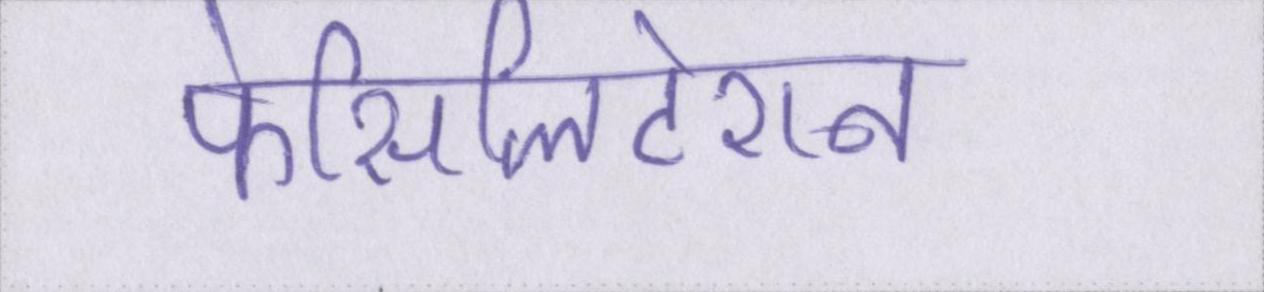
फेसिलिटेशन